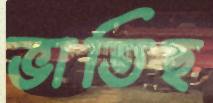
ভাতিছ